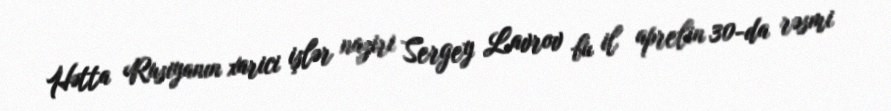
Hətta Rusiyanın xarici işlər naziri Sergey Lavrov bu il aprelin 30-da rəsmi